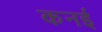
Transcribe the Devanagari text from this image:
कनई